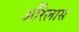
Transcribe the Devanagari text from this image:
औरेलास